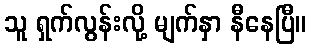
သူ ရှက်လွန်းလို့ မျက်နှာ နီနေပြီ။